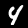
Label: 4